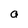
Character: a